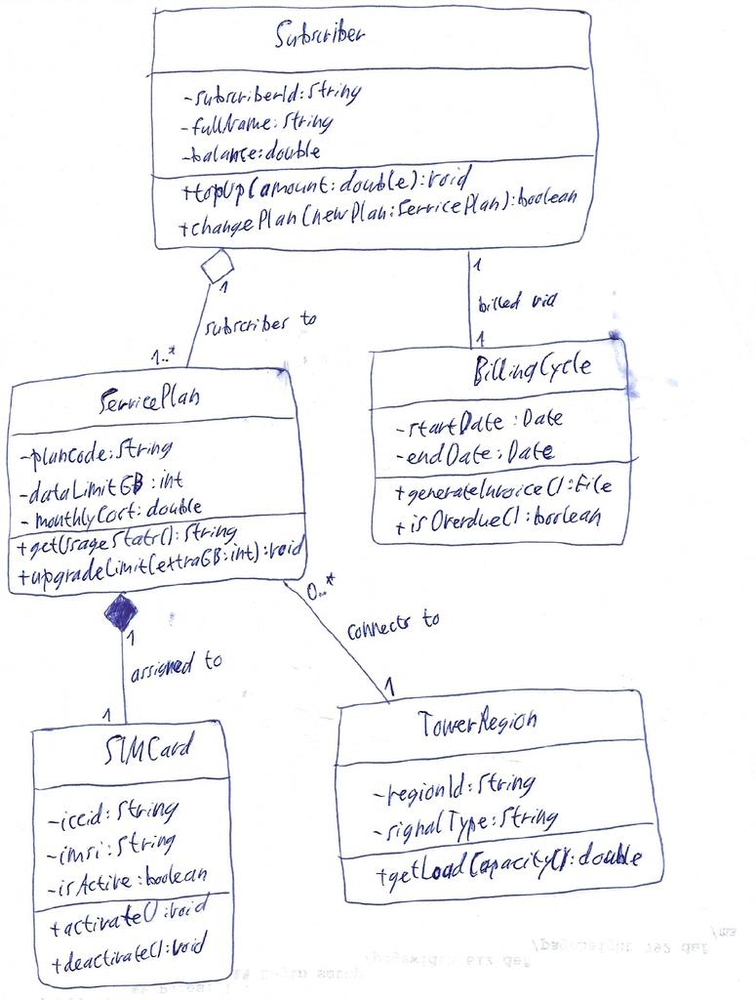
Diagram type: class_diagram
```plantuml
@startuml

class Subscriber {
    - subscriberId: String
    - fullName: String
    - balance: double
    + topUp(amount: double): void
    + changePlan(newPlan: ServicePlan): boolean
}

class ServicePlan {
    - planCode: String
    - dataLimitGB: int
    - monthlyCost: double
    + getUsageStats(): String
    + upgradeLimit(extraGB: int): void
}

class SIMCard {
    - iccid: String
    - imsi: String
    - isActive: boolean
    + activate(): void
    + deactivate(): void
}

class BillingCycle {
    - startDate: Date
    - endDate: Date
    + generateInvoice(): File
    + isOverdue(): boolean
}

class TowerRegion {
    - regionId: String
    - signalType: String
    + getLoadCapacity(): double
}

Subscriber "1" o-- "1..*" ServicePlan : subscribes to
ServicePlan "1" *-- "1" SIMCard : assigned to
Subscriber "1" -- "1" BillingCycle : billed via
ServicePlan "0..*" -- "1" TowerRegion : connects to

@enduml
```